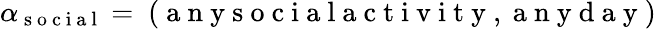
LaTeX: \alpha_{\mathrm{~s~o~c~i~a~l~}}=\mathrm{~(~a~n~y~s~o~c~i~a~l~a~c~t~i~v~i~t~y~,~a~n~y~d~a~y~)~}